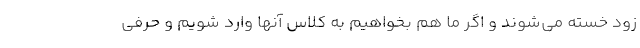
زود خسته می‌شوند و اگر ما هم بخواهیم به کلاس آنها وارد شویم و حرفی